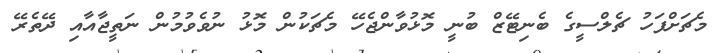
މެޗަށްފަހު ޗެލްސީގެ ބެނިޓޭޒް ބުނީ މޮޅުވާންޖެހޭ މެޗަކުން މޮޅު ނުވެވުމުން ނަތީޖާއާއި ދޭތެރޭ